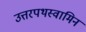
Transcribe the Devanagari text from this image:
उत्तरपथस्वामिन